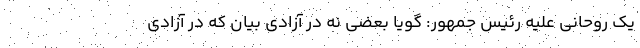
یک روحانی علیه رئیس جمهور: گویا بعضی نه در آزادی بیان که در آزادی